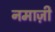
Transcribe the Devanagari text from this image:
नमाज़ी